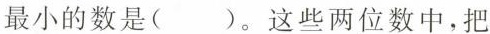
最小的数是()。这些两位数中，把